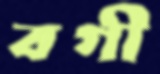
বগী